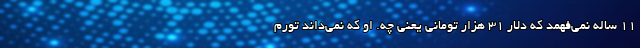
11 ساله نمی‌فهمد که دلار 31 هزار تومانی یعنی چه. او که نمی‌داند تورم